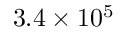
3 . 4 \times 1 0 ^ { 5 }